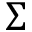
\Sigma